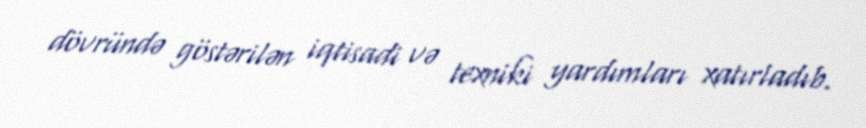
dövründə göstərilən iqtisadi və texniki yardımları xatırladıb.